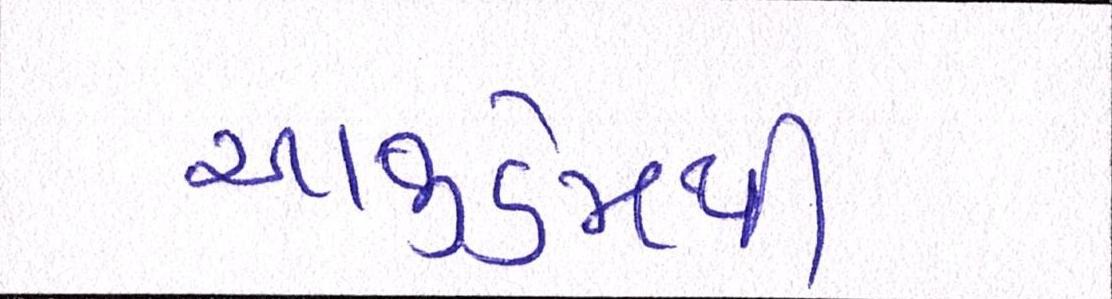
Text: આજીડેમથી